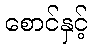
စောင်နှင့်